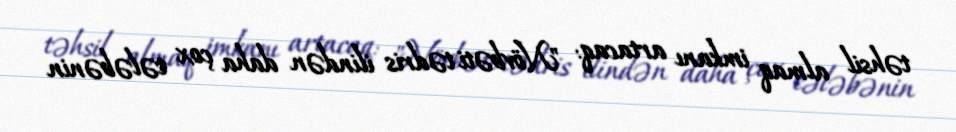
təhsil almaq imkanı artacaq: "Növbəti tədris ilindən daha çox tələbənin